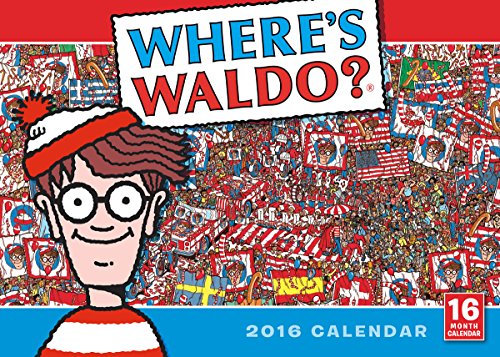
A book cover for Where's Waldo?Â® 2016 Wall Calendar; Martin Handford; Calendars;